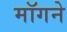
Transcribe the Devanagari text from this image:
मॉगने